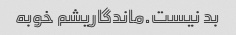
بد نیست.ماندگاریشم خوبه